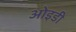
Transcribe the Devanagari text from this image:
ओइडी